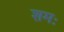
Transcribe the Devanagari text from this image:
शमः